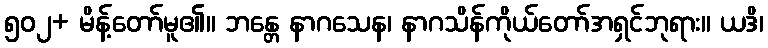
၅၀၂+ မိန့်တော်မူ၏။ ဘန္တေ နာဂသေန၊ နာဂသိန်ကိုယ်တော်အရှင်ဘုရား။ ယဒိ၊